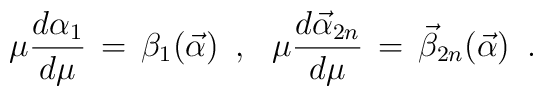
\mu {d \alpha_{1} \over d \mu} \,=\, \beta_{1} ({\vec \alpha}) \,\,\, , \,\,\,\,\mu {d {\vec \alpha}_{2n} \over d \mu} \,=\,{\vec \beta}_{2n} ({\vec \alpha}) \,\,\,.